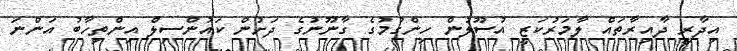
އިދާރީ ދާއިރާތައް ލާމަރުކަޒީ އުސޫލުން ހިންގުމުގެ ގާނޫނުގެ ދަށުން ކައުންސިލް އިންތިހާބު އަންނަ